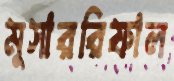
মুসাররিফাল